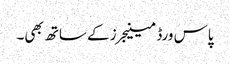
پاس ورڈ مینیجرز کے ساتھ بھی۔